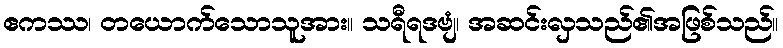
ဧကဿ၊ တယောက်သောသူအား။ သရီရဒဗျံ၊ အဆင်းလှသည်၏အဖြစ်သည်။